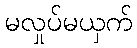
မလှုပ်မယှက်